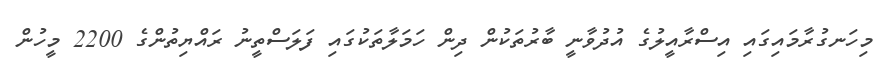
މިހަނގުރާމައިގައި އިސްރާއީލުގެ އުދުވާނީ ބާރުތަކުން ދިން ހަމަލާތަކުގައި ފަލަސްތީނު ރައްޔިތުންގެ 2200 މީހުން